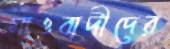
মাওবাদীদের